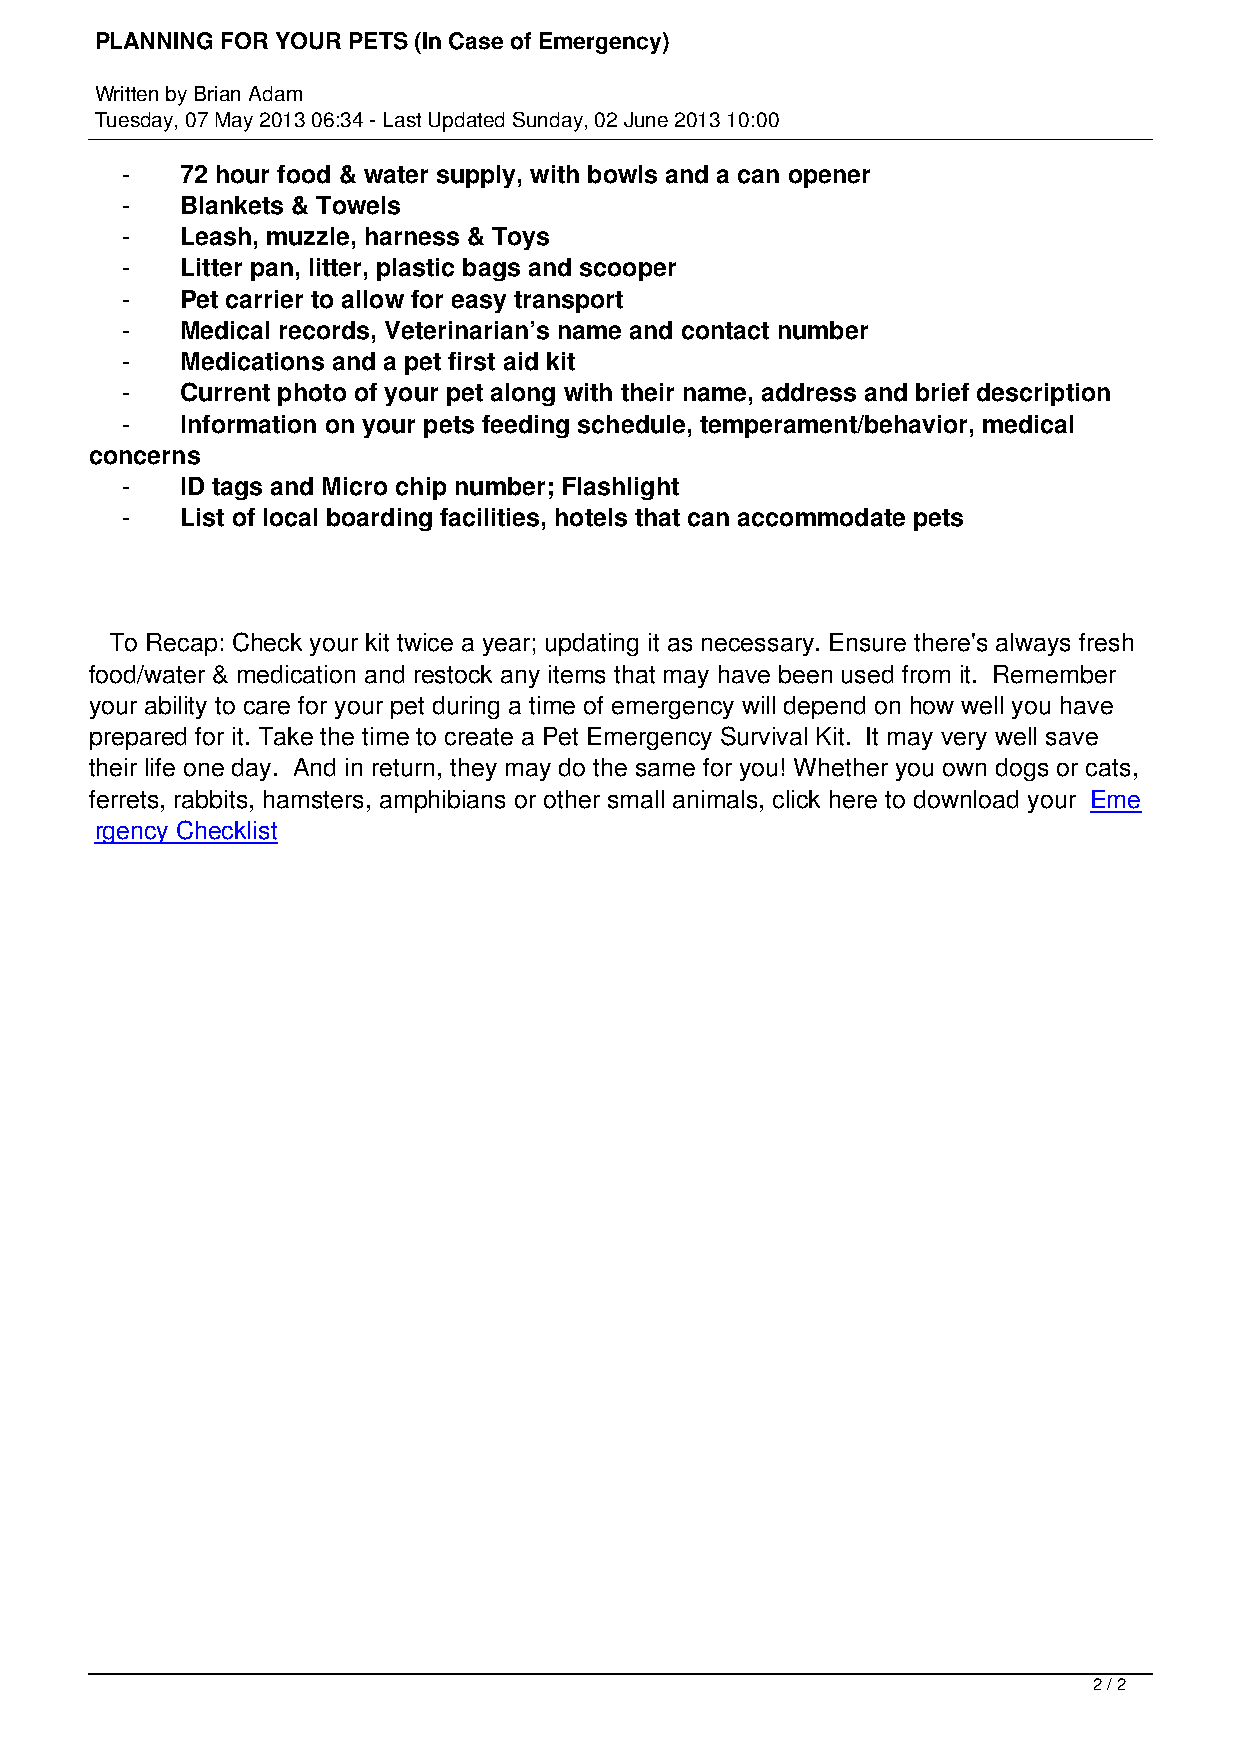
PLANNING FOR YOUR PETS (In Case of Emergency)
 Written by Brian Adam
 Tuesday, 07 May 2013 06:34 - Last Updated Sunday, 02 June 2013 10:00
 -   72 hour food & water supply, with bowls and a can opener
 -   Blankets & Towels
 -   Leash, muzzle, harness & Toys
 -   Litter pan, litter, plastic bags and scooper
 -   Pet carrier to allow for easy transport
 -   Medical records, Veterinarian’s name and contact number
 -   Medications and a pet first aid kit
 -   Current photo of your pet along with their name, address and brief description
 -   Information on your pets feeding schedule, temperament/behavior, medical
 concerns
 -   ID tags and Micro chip number; Flashlight
 -   List of local boarding facilities, hotels that can accommodate pets
 To Recap: Check your kit twice a year; updating it as necessary. Ensure there's always fresh
 food/water & medication and restock any items that may have been used from it. Remember
 your ability to care for your pet during a time of emergency will depend on how well you have
 prepared for it. Take the time to create a Pet Emergency Survival Kit. It may very well save
 their life one day. And in return, they may do the same for you! Whether you own dogs or cats,
 ferrets, rabbits, hamsters, amphibians or other small animals, click here to download your Eme
 rgency Checklist
 2 / 2